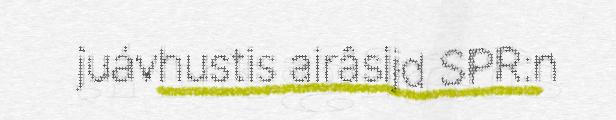
juávhustis airâsijd SPR:n